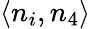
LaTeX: \left<{n_{i},n_{4}}\right>